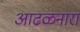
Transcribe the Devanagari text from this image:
आढळनारा